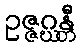
ဥဇ္ဇဂ္ဃန္တီ